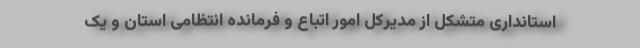
استانداری متشکل از مدیرکل امور اتباع و فرمانده انتظامی استان و یک